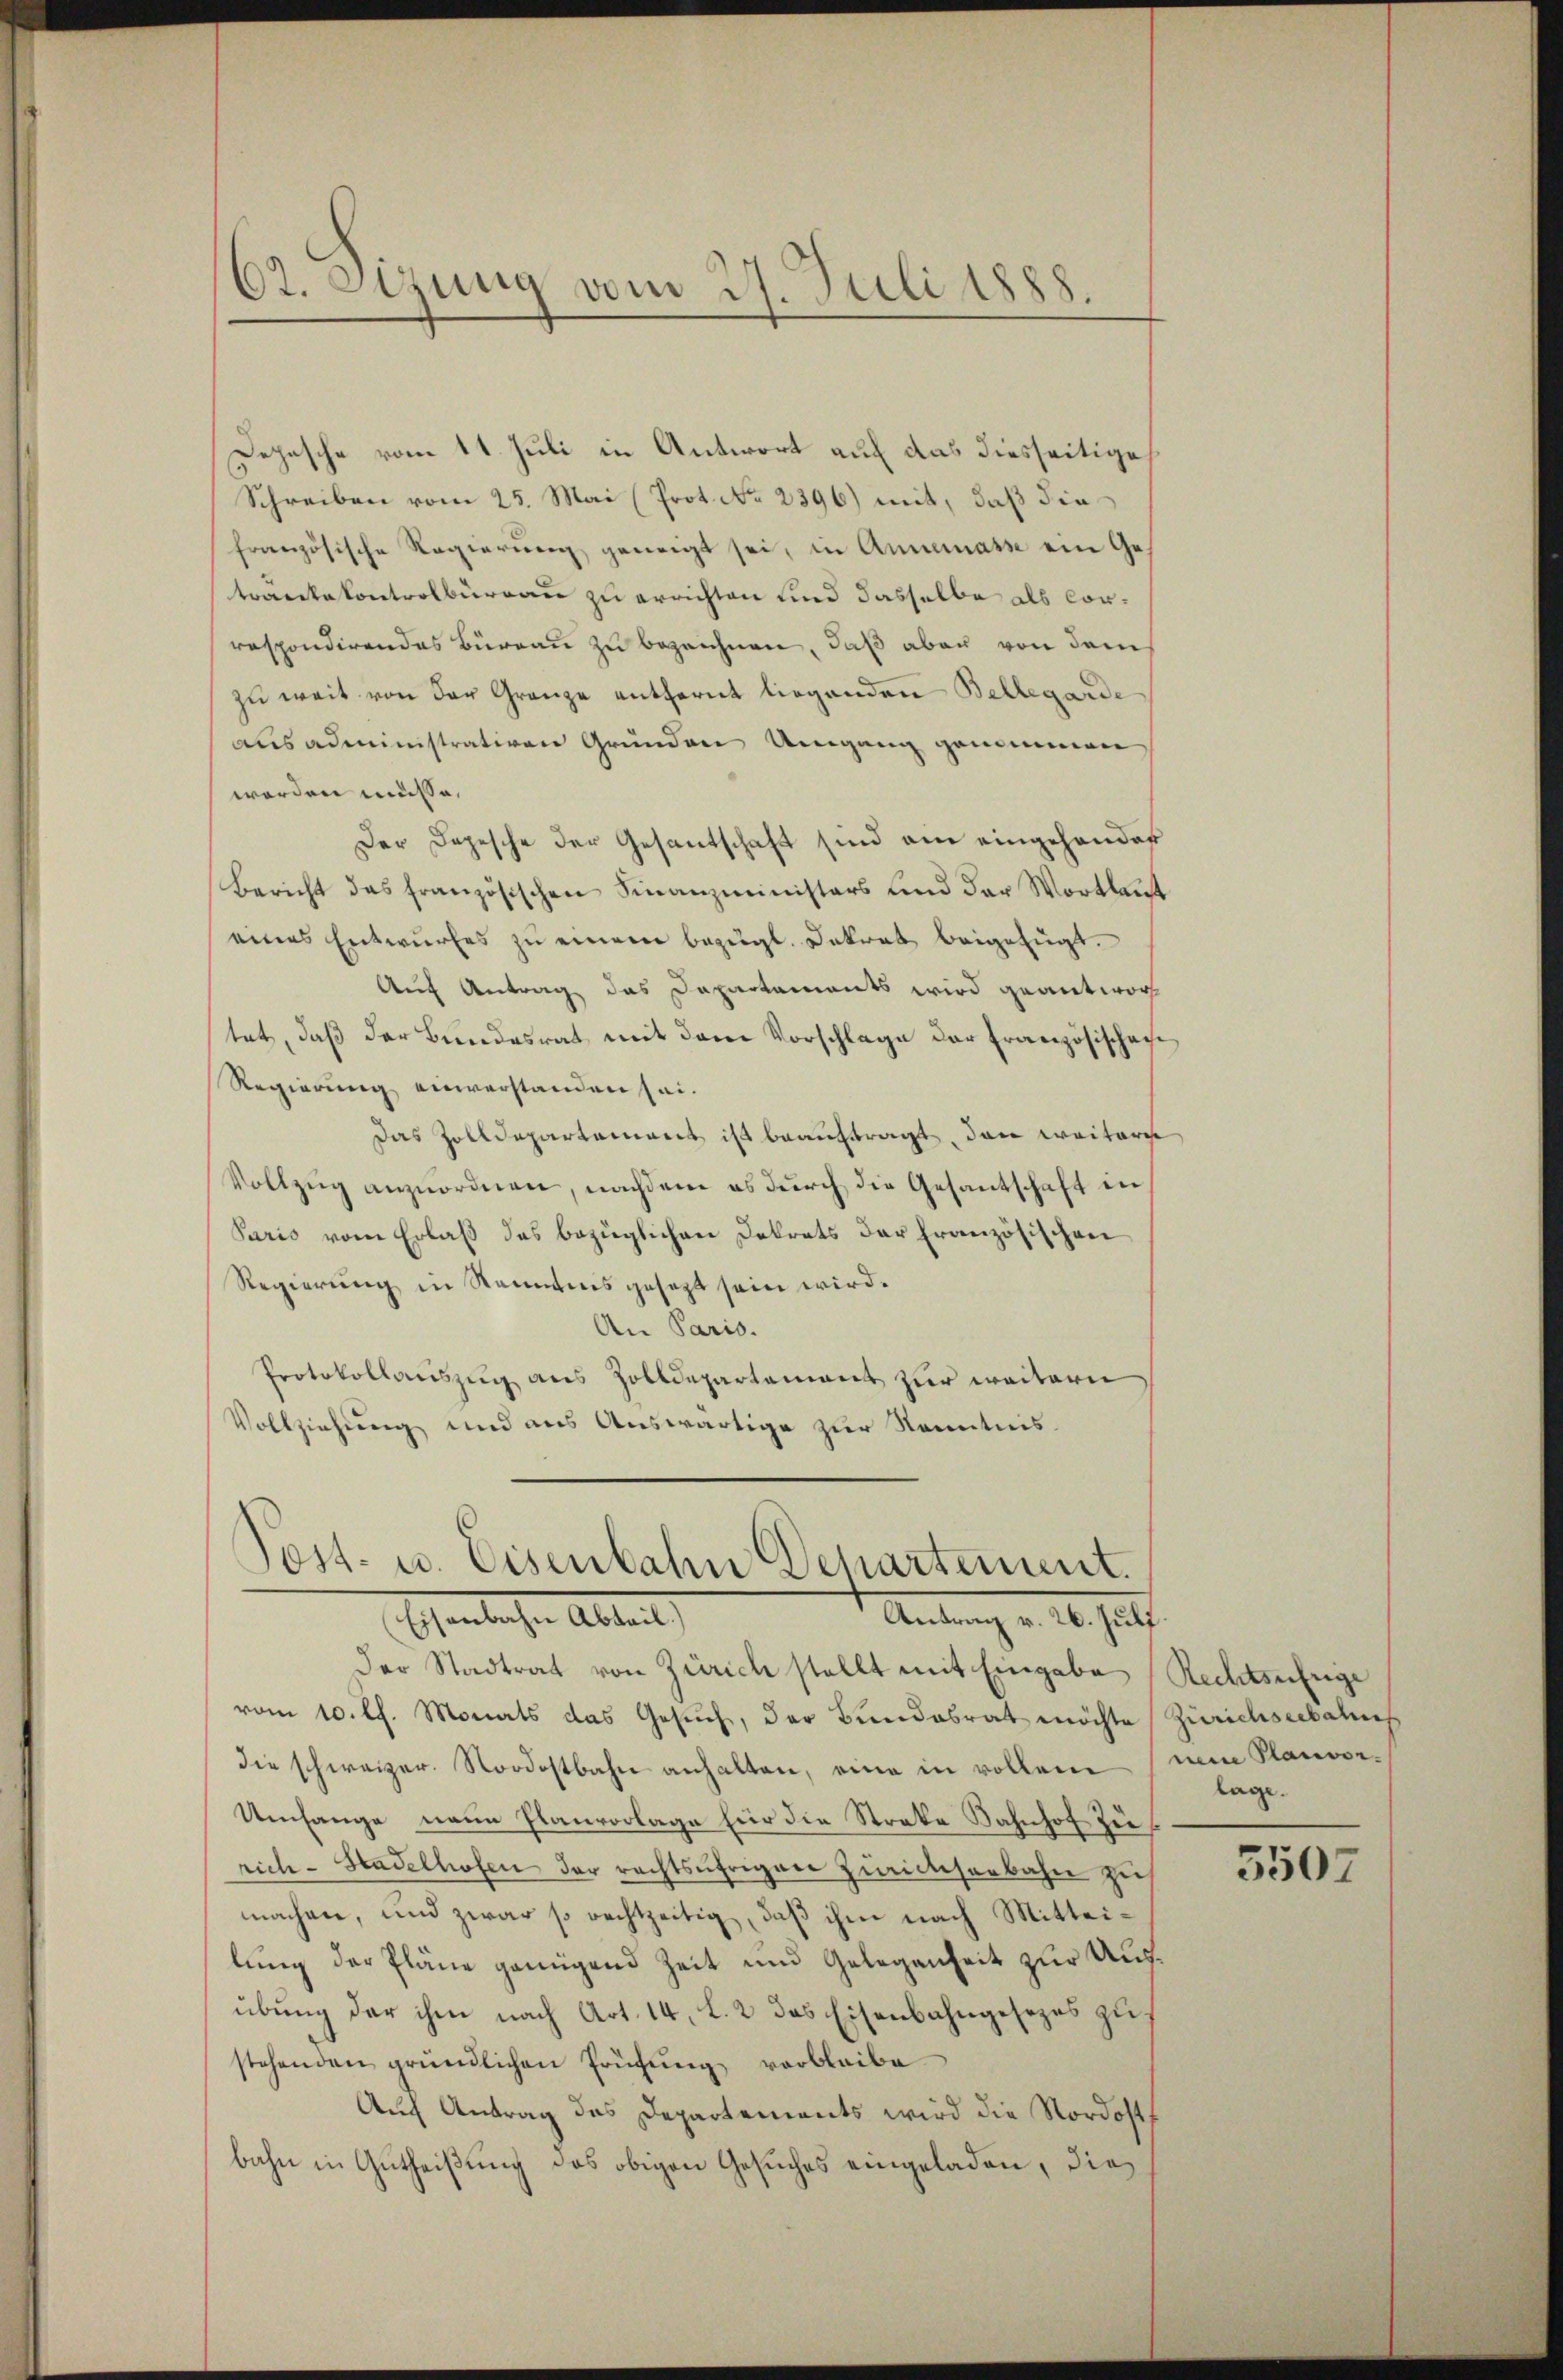
62. Sizung vom 27. Juli 1888.

Depesche vom 11. Juli in Antwort auf das diesseitige
Schreiben vom 25. Mai (Prot. No 2396) mit, daß die
französische Regierung geneigt sei, in Annemasse ein Getrankekontrolburgau zu errichten und dasselbe als Conrespondirendes Büreau zu bezeichnen, daß aber von dem
zu weit von der Granze entfernt liegenden Bellegarde
aus administrativen Gründen Umgang genommen
worden müsse,
Der Depesche der Gesantschaft sind ain eingehander
Bericht das französischen Finanzministers und der Wortlaut
eines Entwŭrfes zŭ einem bezügl. Dekret beigefügt.
Auf Antrag das Departaments wird geantwor
tet, daß der Bundesrat mit dem Vorschlage der Französischen
Regierung einverstanden sei.
Das Zolldepartement ist beauftragt, den weitere
Vollzŭg anzŭordnen, nachdem es durch die Gesantschaft in
Paris vom Erlaβ das bezüglichen Dekrets der Französischen
Regierung in Kenntnis gesezt sein wird.
An Paris.
Protokollauszug aus Zolldepartement zur weitern
Vollziehung und aus Auswärtige zur Kenntnis¬

Post- u. Eisenbahn Departement.
sentlichen Alten,
Antrag v. 16. Ja

der Stadtrat von Zürich stellt mit Eingabe Rechtsufeige
vom 10. lh. Monats das Gesŭch, der Bundesrat möchte Zürichseebahns
die schweizer. Nordostbahn anhalten, eine in vollen
Umfange neuen Planvorlage für die Streke Bahnhof zie
rich-Stadelhofen der rechtsäfrigen Zwickeserbahn zu
machen, und zwar so rechtzeitig, daß ihm nach Mitteilung der Pläne genügend Zeit und Gelegenheit zur Aufübung der ihm nach Art. 14, l. 2 das Eisenbahngesezes zustehenden gründlichen Prüfung verbleibe
Auch Antrag des Departements wird die Nordost
bahn in Gutheißung des obigen Gesuches eingeladen, die¬

nem Planvor.
lage.

3507